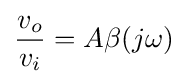
{v_{o} \over v_{i}}=A\beta (j\omega )